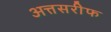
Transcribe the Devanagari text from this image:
अत्तसरीफ